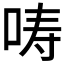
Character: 𱒦